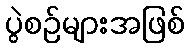
ပွဲစဉ်များအဖြစ်